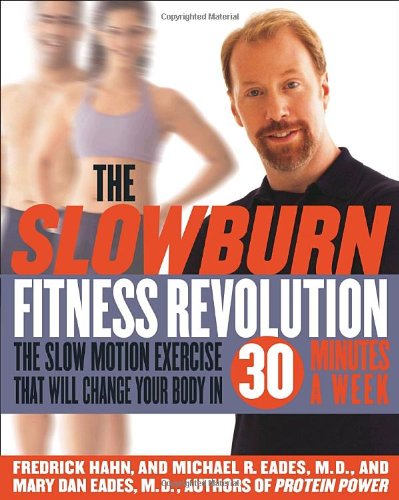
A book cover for The Slow Burn Fitness Revolution: The Slow Motion Exercise That Will Change Your Body in 30 Minutes a Week; Fredrick Hahn; Health, Fitness & Dieting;